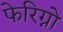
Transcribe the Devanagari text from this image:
फेरिग्नो